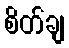
စိတ်ချ